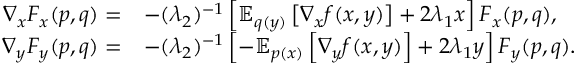
\begin{array} { r l } { \nabla _ { x } \boldsymbol { F } _ { x } ( p , q ) = } & { - ( \lambda _ { 2 } ) ^ { - 1 } \left[ \mathbb { E } _ { q ( y ) } \left[ \nabla _ { x } f ( x , y ) \right] + 2 \lambda _ { 1 } x \right] \boldsymbol { F } _ { x } ( p , q ) , } \\ { \nabla _ { y } \boldsymbol { F } _ { y } ( p , q ) = } & { - ( \lambda _ { 2 } ) ^ { - 1 } \left[ - \mathbb { E } _ { p ( x ) } \left[ \nabla _ { y } f ( x , y ) \right] + 2 \lambda _ { 1 } y \right] \boldsymbol { F } _ { y } ( p , q ) . } \end{array}